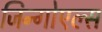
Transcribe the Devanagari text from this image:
जिन्गोएल्स